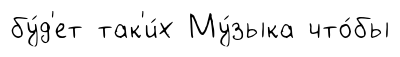
бу́д'ет так'и́х Му́зыка что́бы